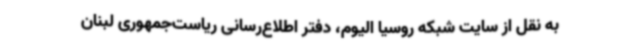
به نقل از سایت شبکه روسیا الیوم، دفتر اطلاع‌رسانی ریاست‌جمهوری لبنان